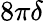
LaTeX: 8\pi\delta